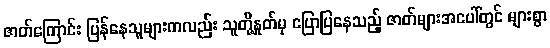
ဇာတ်ကြောင်း ပြန်နေသူများကလည်း သူတို့နှုတ်မှ ပြောပြနေသည့် ဇာတ်များအပေါ်တွင် များစွာ